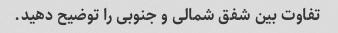
تفاوت بین شفق شمالی و جنوبی را توضیح دهید.